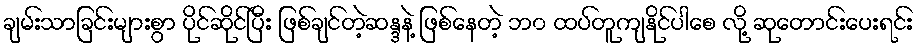
ချမ်းသာခြင်းများစွာ ပိုင်ဆိုင်ပြီး ဖြစ်ချင်တဲ့ဆန္ဒနဲ့ ဖြစ်နေတဲ့ ဘ၀ ထပ်တူကျနိုင်ပါစေ လို့ ဆုတောင်းပေးရင်း